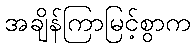
အချိန်ကြာမြင့်စွာက